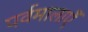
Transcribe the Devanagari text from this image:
पर्वमालाएँ